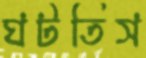
ঘটতিস